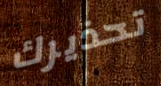
تحذيرك